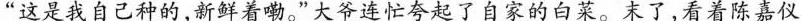
“这是我自己种的，断鲜着嘞”大举连忙夸起了自家的白菜。末了，看着陈嘉仪